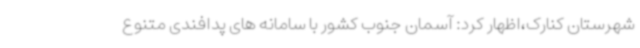
شهرستان کنارک،اظهار کرد: آسمان جنوب کشور با سامانه های پدافندی متنوع